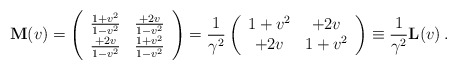
\begin{align*}{\mbox{\bf M}}(v)= \left(\begin{array}{cc} \frac{1+v^2}{1-v^2} &\frac{+2v}{1-v^2}\\ \frac{+2v}{1-v^2} & \frac{1+v^2}{1-v^2}\end{array}\right)=\frac{1}{\gamma^2}\left(\begin{array}{cc}1+v^2 & +2v\\ +2v &1+v^2\end{array}\right)\equiv\frac{1}{\gamma^2}{\mbox{\bf L}}(v)\, .\end{align*}